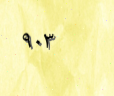
٩٠٣